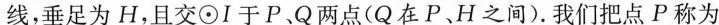
线，垂足为H，且交⊙I于P、Q两点(Q在P、H之间).我们把点P称为